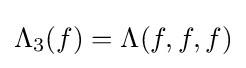
\Lambda _{3}(f)=\Lambda (f,f,f)